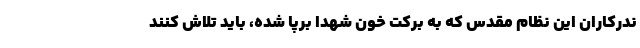
ندرکاران این نظام مقدس که به برکت خون شهدا برپا شده، باید تلاش کنند